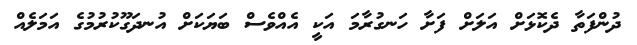
ދުންފަތާ ދެކޮޅަށް އަލަށް ފަށާ ހަނގުރާމަ އަކީ އެއްވެސް ބަޔަކަށް އުނދަގޫކުރުމުގެ އަމަލެއް